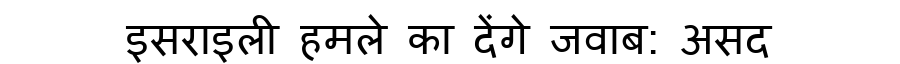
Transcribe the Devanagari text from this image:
इसराइली हमले का देंगे जवाब: असद